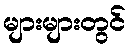
များများတွင်